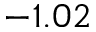
- 1 . 0 2